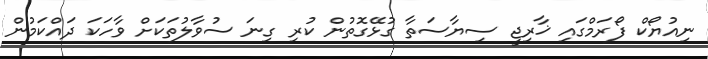
ނިއުޔޯކް ފޯރަމްގައި ޚާރިޖީ ސިޔާސަތާ ގުޅޭގޮތުން ކުރި ގިނަ ސުވާލުތަކަށް ވާހަކަ ދައްކަމުން